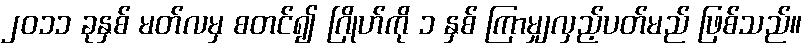
၂၀၁၁ ခုနှစ် မတ်လမှ စတင်၍ ဂြိုဟ်ကို ၁ နှစ် ကြာမျှလှည့်ပတ်မည် ဖြစ်သည်။